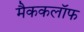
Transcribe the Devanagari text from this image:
मैककलॉफ